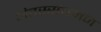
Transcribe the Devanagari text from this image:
अंतस्संघनन